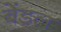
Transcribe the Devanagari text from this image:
बेंडल